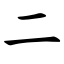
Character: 二